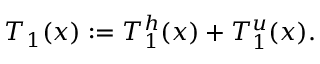
T _ { 1 } ( x ) : = T _ { 1 } ^ { h } ( x ) + T _ { 1 } ^ { u } ( x ) .